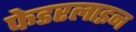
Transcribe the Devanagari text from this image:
फेडरलाइन